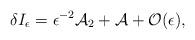
LaTeX: \begin{align*}\delta I_\epsilon = \epsilon^{-2} {\cal A}_2 + {\cal A} + {\cal O} (\epsilon) ,\end{align*}